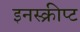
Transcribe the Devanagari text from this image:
इनस्क्रीप्ट